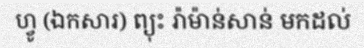
ហ្វូ (ឯកសារ) ព្យុះ រ៉ាម៉ាន់សាន់ មកដល់